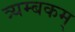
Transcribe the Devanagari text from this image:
त्र्यम्‍बकम्